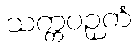
သက္ကပဉှကံ